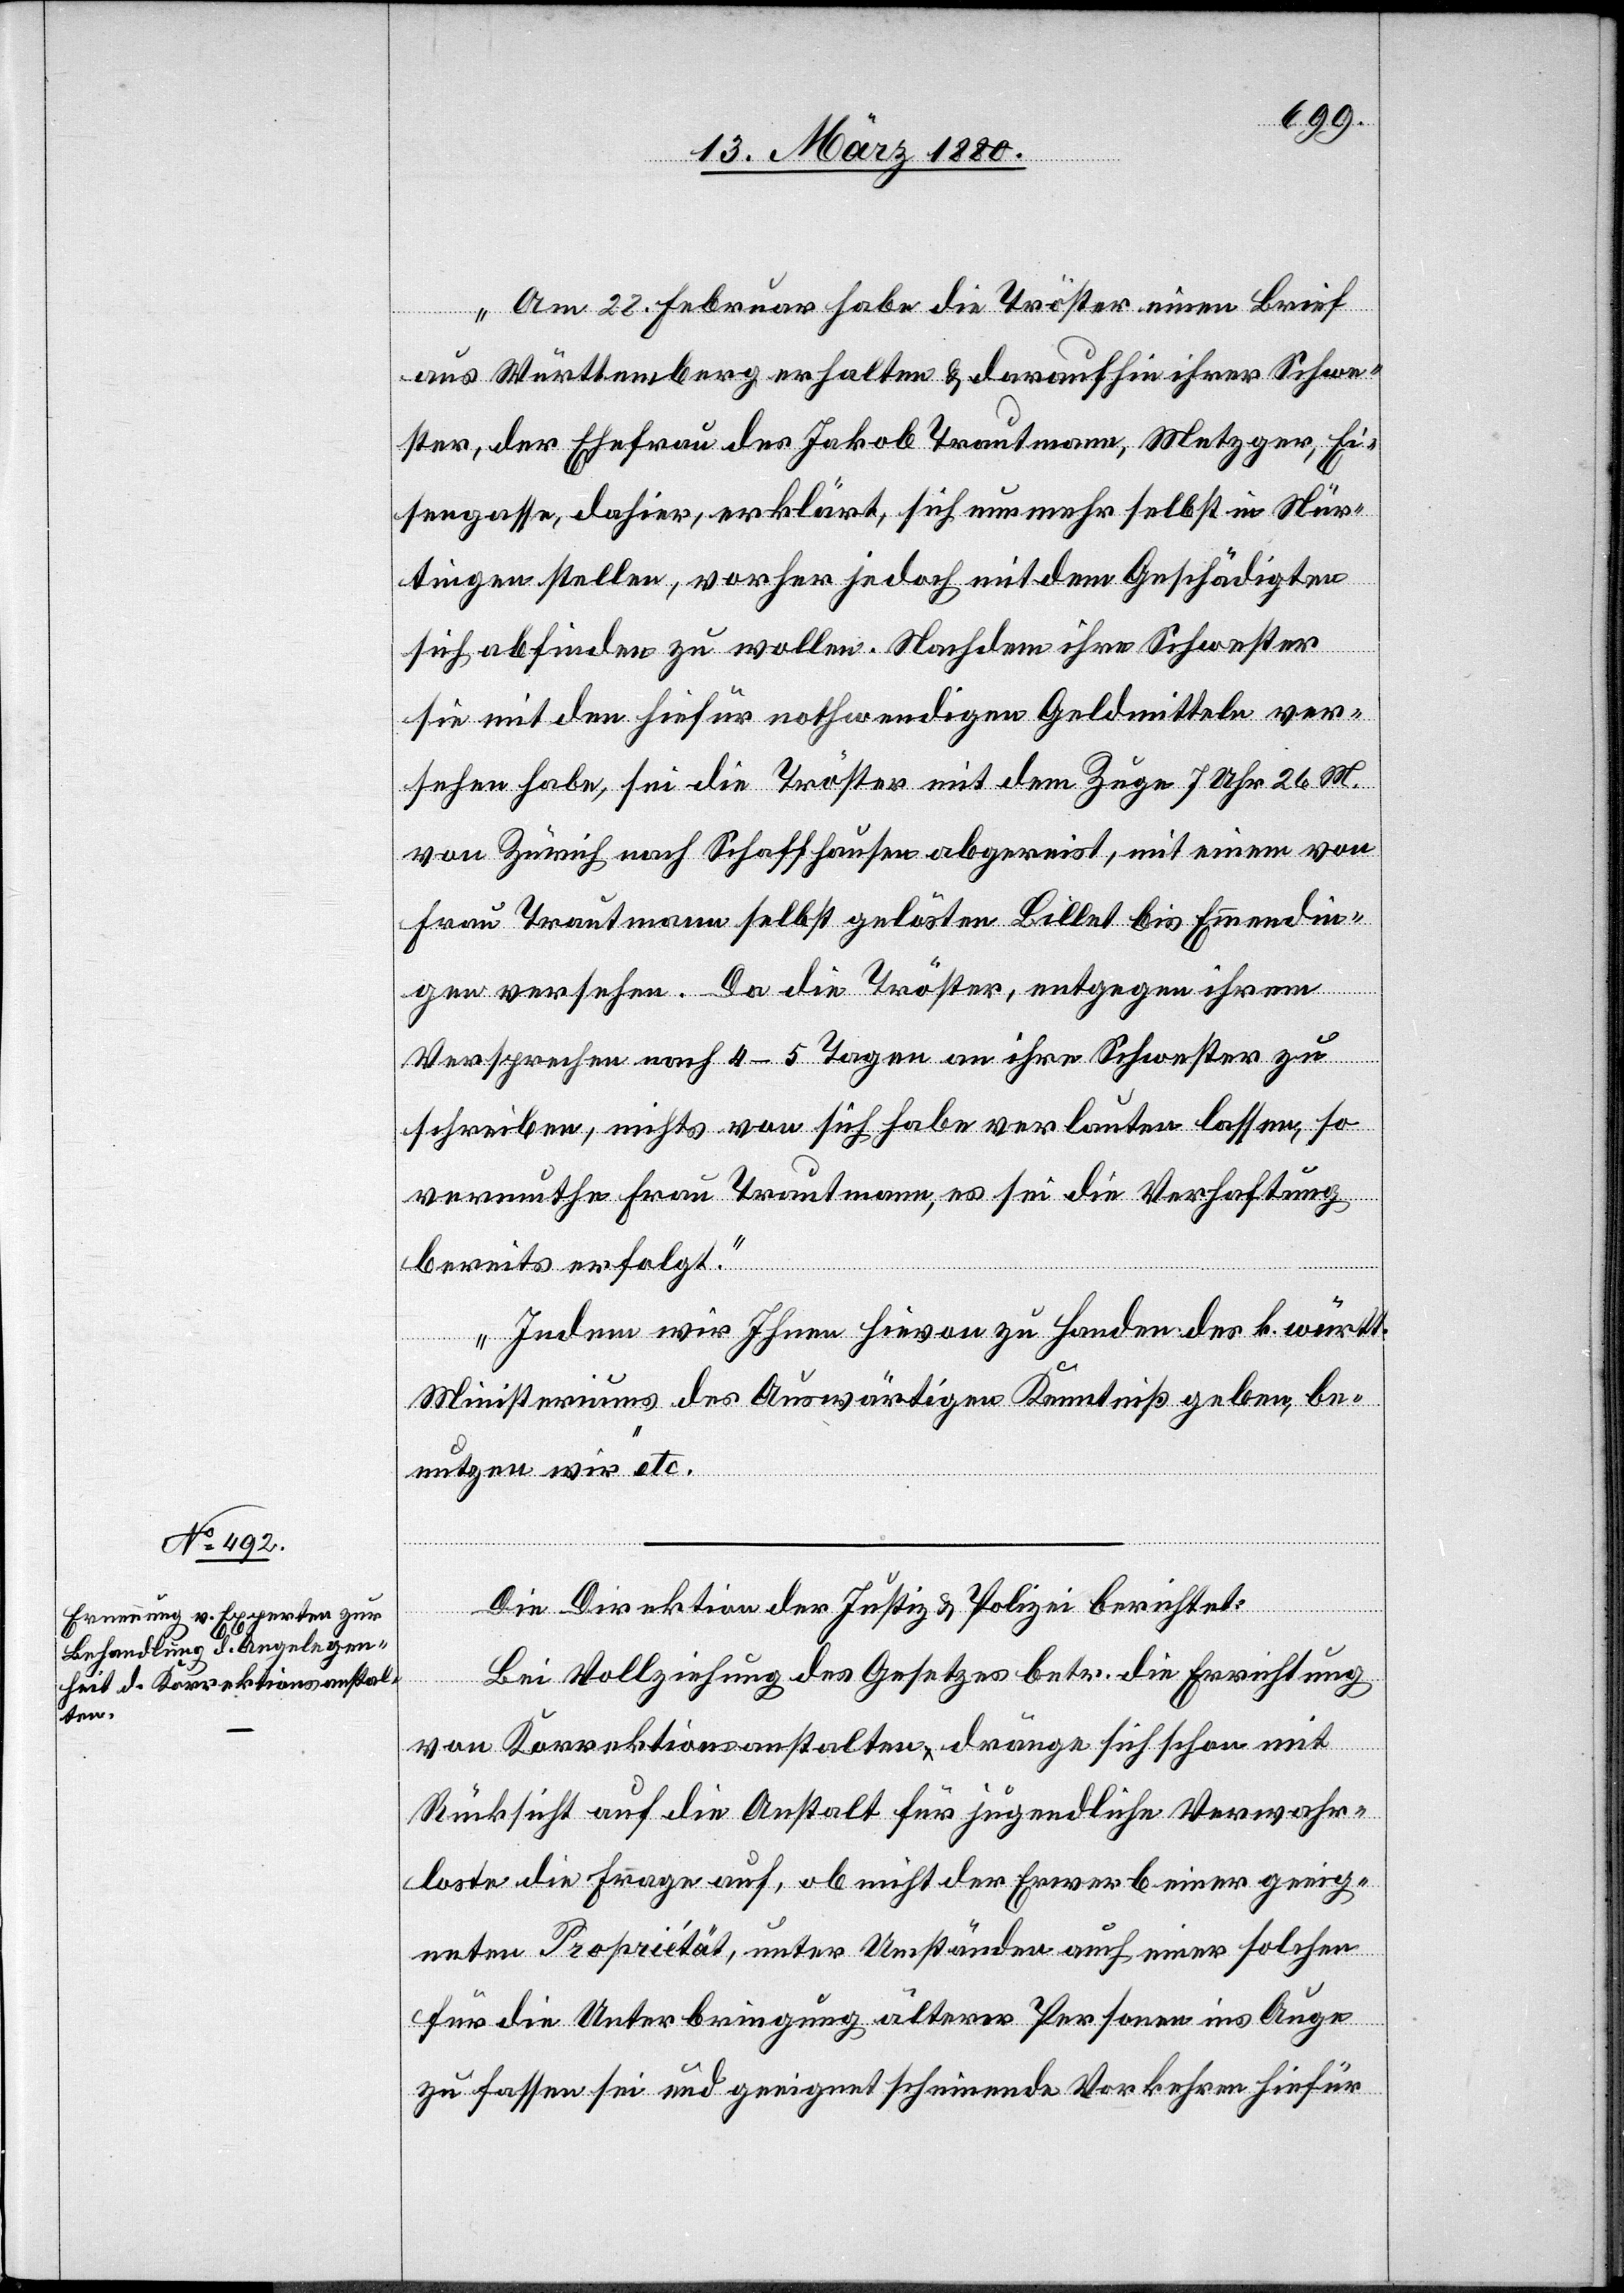
Am 22. Februar habe die Tröster einen Brief
aus Württemberg erhalten & darauhin ihrer Schwe¬
ster, der Ehefrau des Jakob Trautmann, Metzger, Ei¬
sengasse, dahier, erklärt, sich nunmehr selbst in Nür¬
tingen stellen, vorher jedoch mit dem Geschädigten
sich abfinden zu wollen. Nachdem ihre Schwester
sie mit den hiefür nothwendigen Geldmitteln ver¬
sehen habe, sei die Tröster mit dem Zuge 7 Uhr 26 M.
von Zürich nach Schaffhausen abgereist, mit einem von
Frau Trautmann selbst gelösten Billet bis Emmendin¬
gen versehen. Da die Tröster, entgegen ihrem
Versprechen nach 4–5 Tagen an ihre Schwester zu
schreiben, nichts von sich habe verlauten lassen, so
vermuthe Frau Trautmann, es sei die Verhaftung
bereits erfolgt.
Indem wir Ihnen hievon zu Handen des k. württ.
Ministeriums des Auswärtigen Kenntniß geben, be¬
nutzen wir“ etc.
Die Direktion der Justiz & Polizei berichtet:
Bei Vollziehung des Gesetzes betr. die Errichtung
von Korrektionsanstalten dränge sich schon mit
Rücksicht auf die Anstalt für jugendliche Verwahr¬
loste die Frage auf, ob nicht der Erwerb einer geeig¬
neten Propriétät, unter Umständen auch einer solchen
für die Unterbringung älterer Personen ins Auge
zu fassen sei und geeignet scheinende Vorkehren hiefür